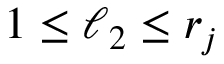
1 \leq \ell _ { 2 } \leq r _ { j }